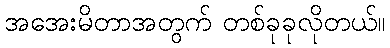
အအေးမိတာအတွက် တစ်ခုခုလိုတယ်။